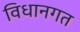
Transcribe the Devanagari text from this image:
विधानगत